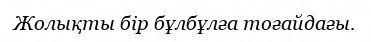
Жолықты бір бұлбұлға тоғайдағы.